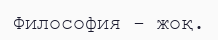
Философия - жоқ.